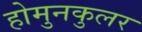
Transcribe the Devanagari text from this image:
होमुनकुलर